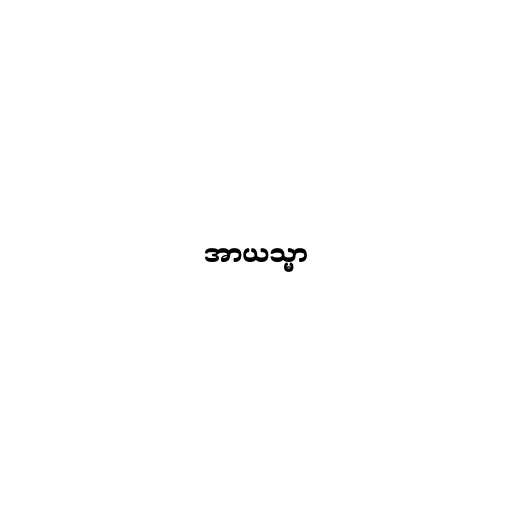
အာယသ္မာ